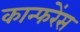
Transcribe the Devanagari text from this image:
कान्फरेंस